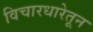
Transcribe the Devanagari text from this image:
विचारधारेतून